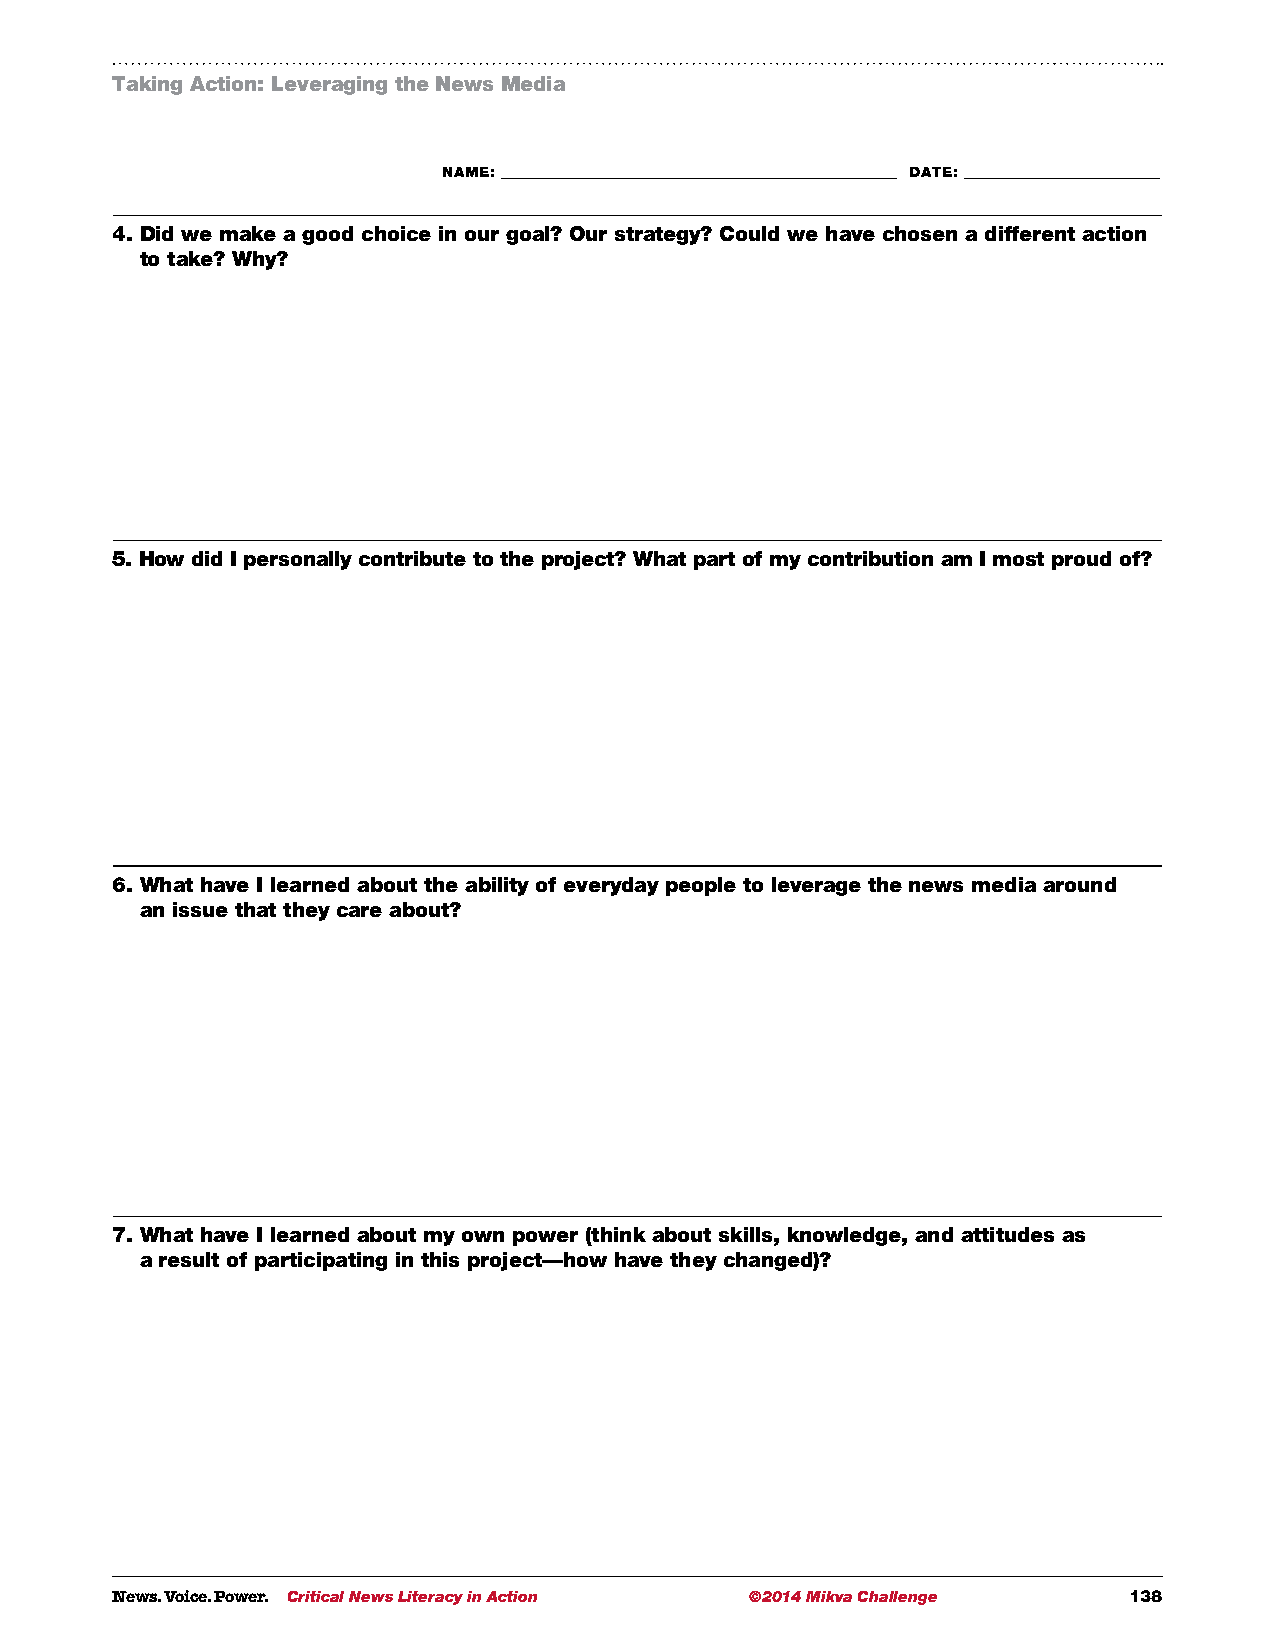
Taking Action: Leveraging the News Media
 NAME: ___________________________________________________________ DATE: _____________________________
 4. D id we make a good choice in our goal? Our strategy? Could we have chosen a different action
 to take? Why?
 5. How did I personally contribute to the project? What part of my contribution am I most proud of?
 6. W hat have I learned about the ability of everyday people to leverage the news media around
 an issue that they care about?
 7. W hat have I learned about my own power (think about skills, knowledge, and attitudes as
 a result of participating in this project—how have they changed)?
 News. Voice. Power. Critical News Literacy in Action ©2014 Mikva Challenge 138